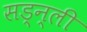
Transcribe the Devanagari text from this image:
सड्न्ली